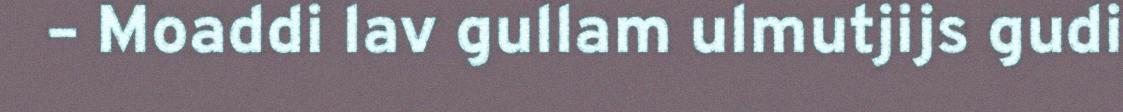
– Moaddi lav gullam ulmutjijs gudi